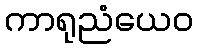
ကာရုညံယေဝ